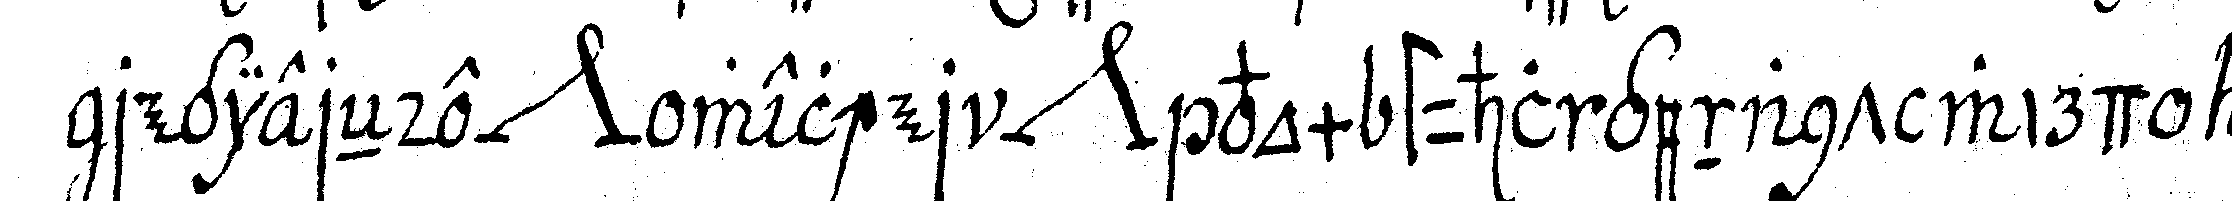
regiereNde *nee* welcher *nee* vom stuhl genant wird al